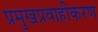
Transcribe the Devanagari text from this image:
प्रमुखप्रवाहीकरण